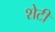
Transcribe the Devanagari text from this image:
शेटी